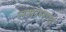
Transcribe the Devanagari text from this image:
नमोनाथ